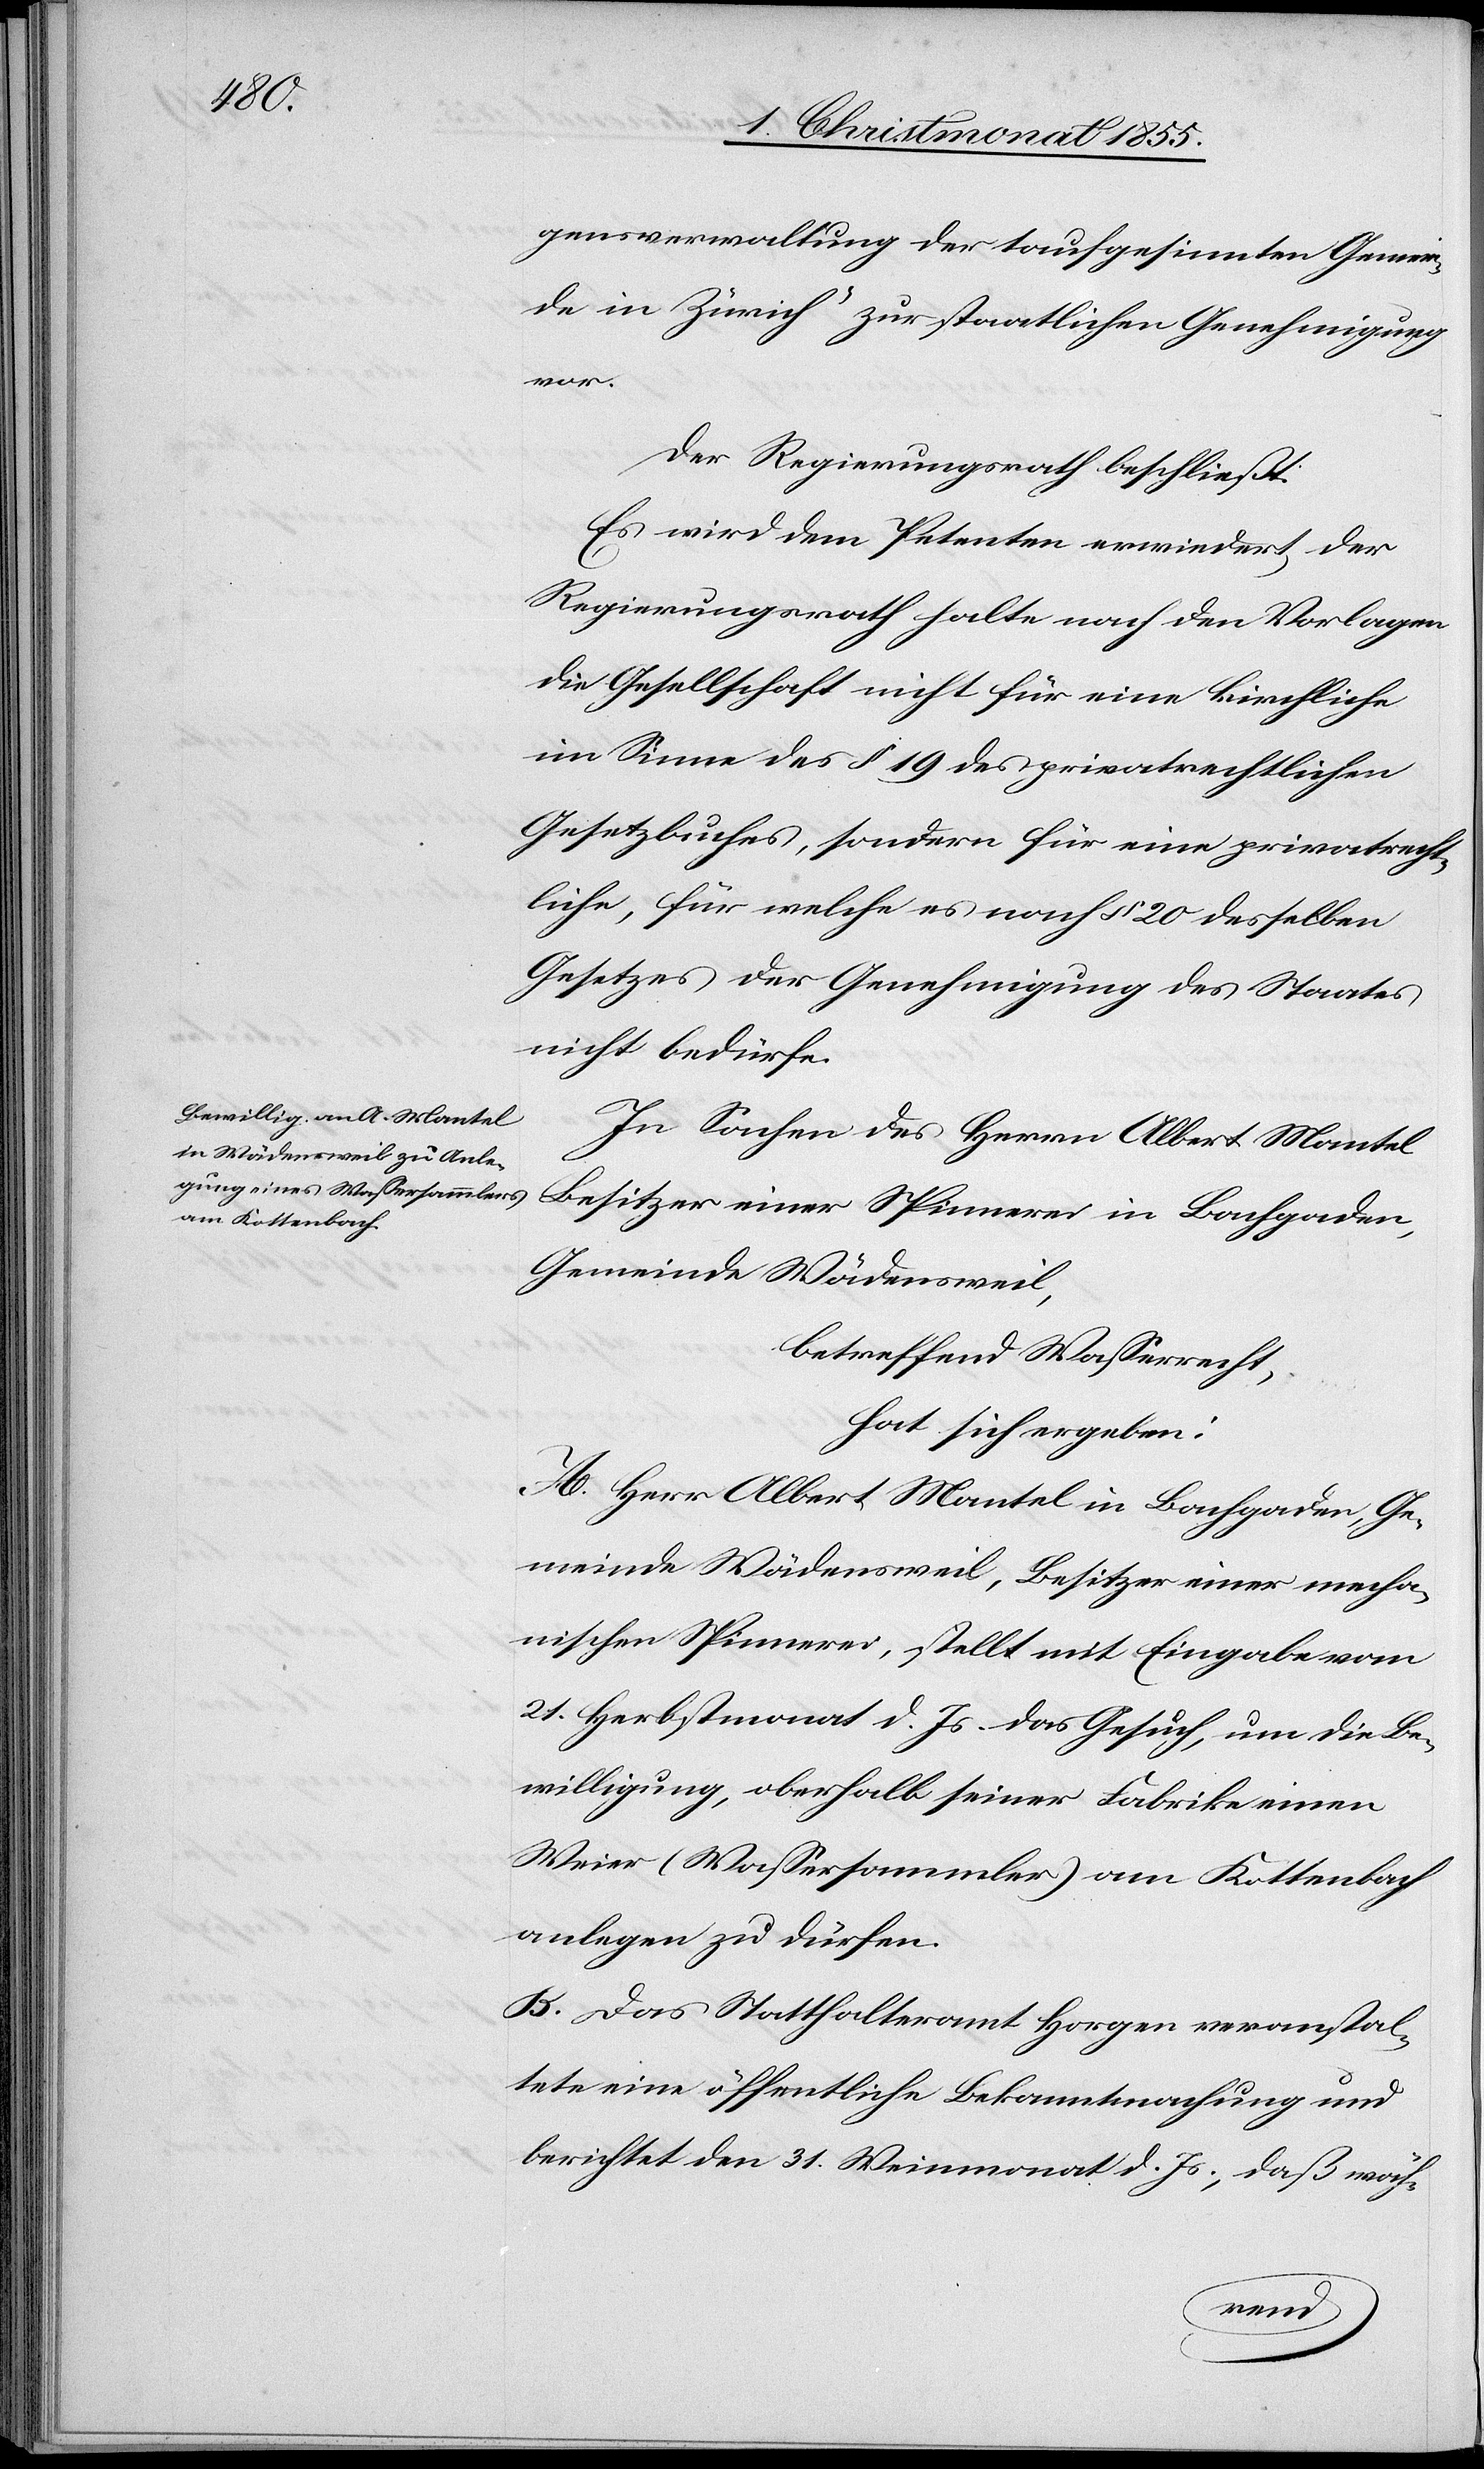
gensverwaltung der taufgesinnten Gemein¬
de in Zürich“ zur staatlichen Genehmigung
vor.
Der Regierungsrath beschließt:
Es wird dem Petenten erwiedert, der
Regierungsrath halte nach den Vorlagen
die Gesellschaft nicht für eine kirchliche
im Sinne des § 19 des privatrechtlichen
Gesetzbuches, sondern für eine privatrecht¬
liche, für welche es nach § 20 desselben
Gesetzes der Genehmigung des Staates
nicht bedürfe.
In Sachen des Herrn Albert Mantel
Besitzer einer Spinnerei in Bachgaden,
Gemeinde Wädensweil,
betreffend Wasserrecht,
hat sich ergeben:
A. Herr Albert Mantel in Bachgaden, Ge¬
meinde Wädensweil, Besitzer einer mecha¬
nischen Spinnerei, stellt mit Eingabe vom
21. Herbstmonat d. Js. das Gesuch, um die Be¬
willigung, oberhalb seiner Fabrike einen
Weier (Wassersammler) am Kottenbach
anlegen zu dürfen.
B. Das Statthalteramt Horgen veranstal¬
tete eine öffentliche Bekanntmachung und
berichtet den 31. Weinmonat d. Js., daß wäh-